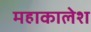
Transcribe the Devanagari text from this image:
महाकालेश